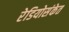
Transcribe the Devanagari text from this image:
रेडियोसंकेत